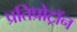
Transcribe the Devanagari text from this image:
प्रतिप्रोट्रॉन